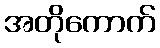
အတိုကောက်